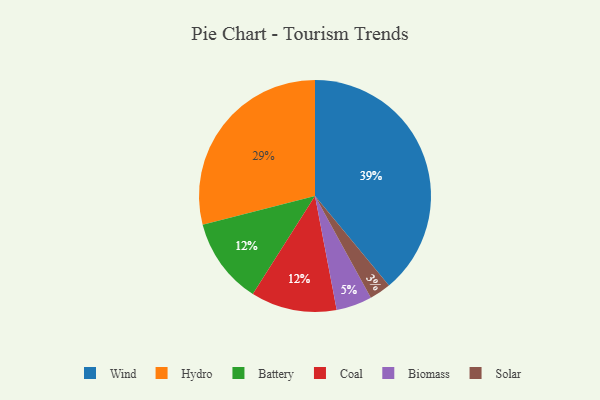
{"axis": {"x": "Category", "y": "Percentage"}, "legend": ["Battery", "Biomass", "Coal", "Hydro", "Solar", "Wind"], "data": [{"x": "Biomass", "y": 5, "type": "Biomass"}, {"x": "Solar", "y": 3, "type": "Solar"}, {"x": "Battery", "y": 12, "type": "Battery"}, {"x": "Wind", "y": 39, "type": "Wind"}, {"x": "Coal", "y": 12, "type": "Coal"}, {"x": "Hydro", "y": 29, "type": "Hydro"}]}